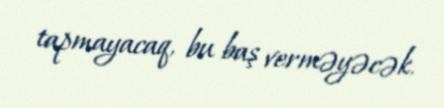
tapmayacaq, bu baş verməyəcək.